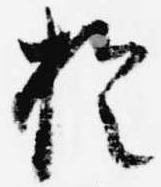
於